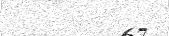
٦٧